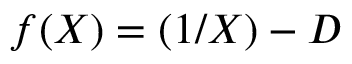
f ( X ) = ( 1 / X ) - D